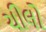
ચીલો